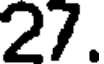
27.